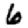
Digit: 6